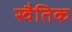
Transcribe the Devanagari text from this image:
स्वैतिक